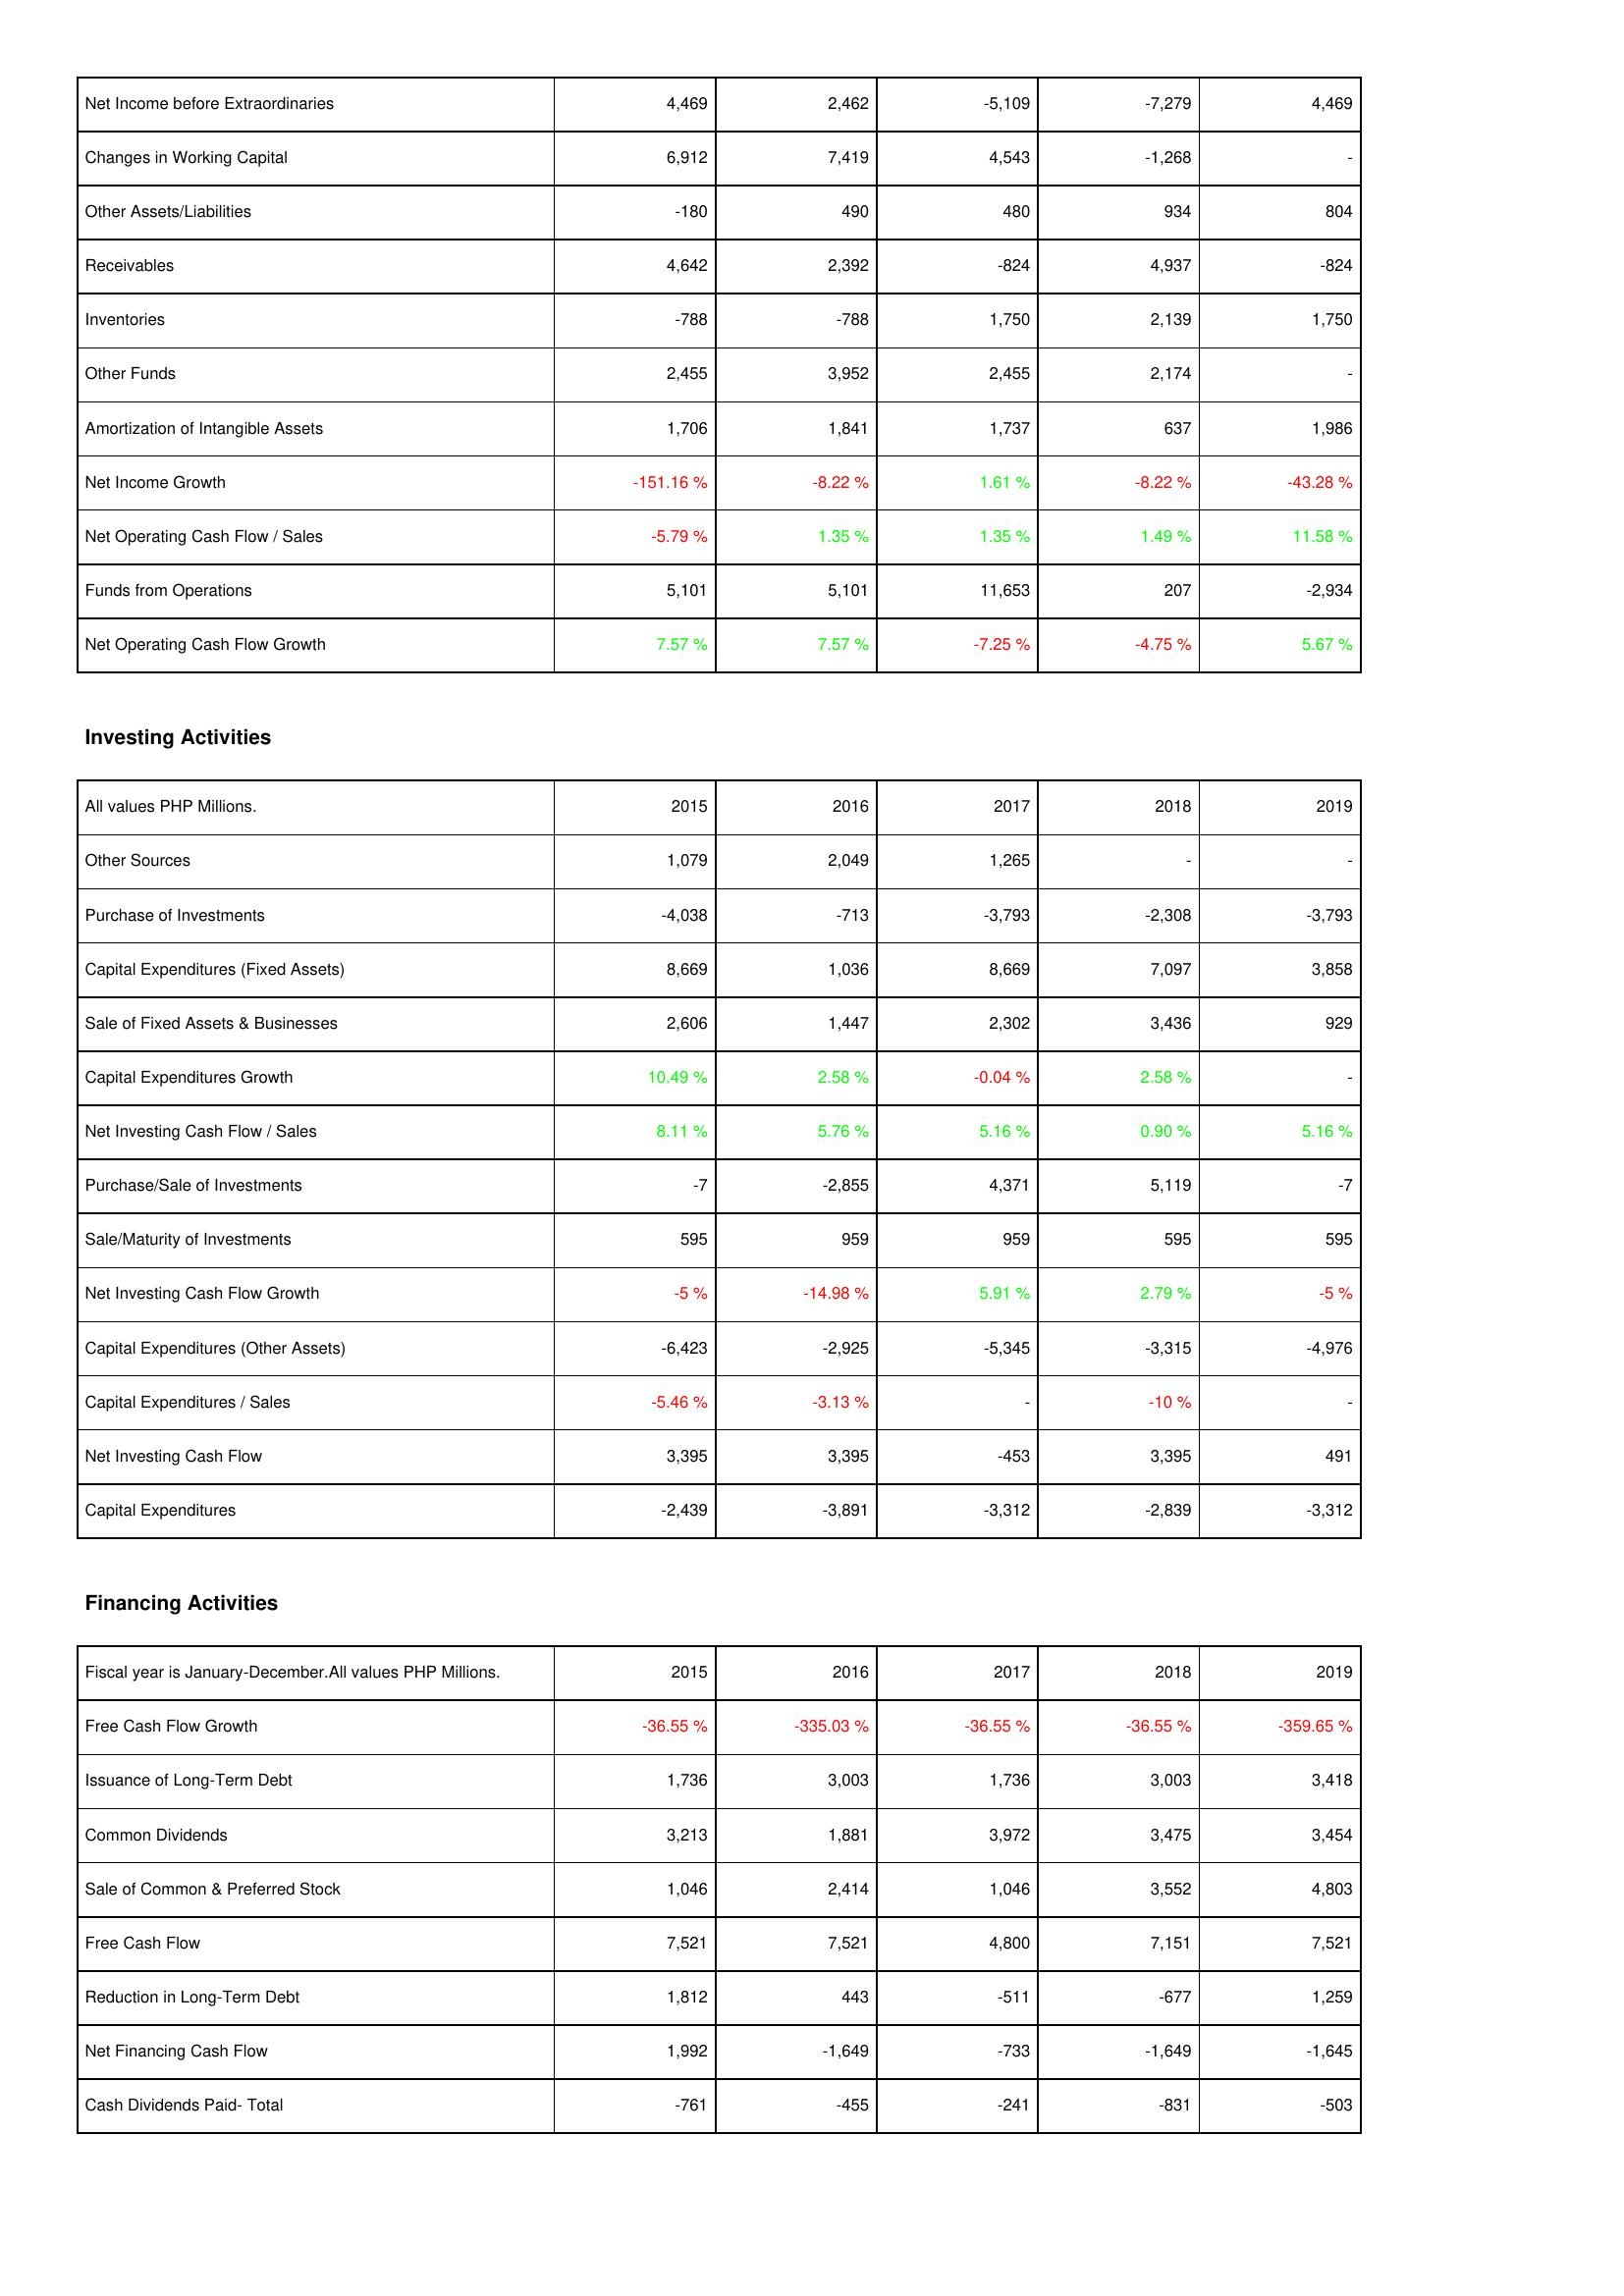
2015: Operating Activities: Net Income before Extraordinaries: 4,469
Changes in Working Capital: 6,912
Other Assets/Liabilities: -180
Receivables: 4,642
Inventories: -788
Other Funds: 2,455
Amortization of Intangible Assets: 1,706
Net Income Growth: -151.16 %
Net Operating Cash Flow / Sales: -5.79 %
Funds from Operations: 5,101
Net Operating Cash Flow Growth: 7.57 %
Investing Activities: Other Sources: 1,079
Purchase of Investments: -4,038
Capital Expenditures (Fixed Assets): 8,669
Sale of Fixed Assets & Businesses: 2,606
Capital Expenditures Growth: 10.49 %
Net Investing Cash Flow / Sales: 8.11 %
Purchase/Sale of Investments: -7
Sale/Maturity of Investments: 595
Net Investing Cash Flow Growth: -5 %
Capital Expenditures (Other Assets): -6,423
Capital Expenditures / Sales: -5.46 %
Net Investing Cash Flow: 3,395
Capital Expenditures: -2,439
Financing Activities: Free Cash Flow Growth: -36.55 %
Issuance of Long-Term Debt: 1,736
Common Dividends: 3,213
Sale of Common & Preferred Stock: 1,046
Free Cash Flow: 7,521
Reduction in Long-Term Debt: 1,812
Net Financing Cash Flow: 1,992
Cash Dividends Paid- Total: -761
2016: Operating Activities: Net Income before Extraordinaries: 2,462
Changes in Working Capital: 7,419
Other Assets/Liabilities: 490
Receivables: 2,392
Inventories: -788
Other Funds: 3,952
Amortization of Intangible Assets: 1,841
Net Income Growth: -8.22 %
Net Operating Cash Flow / Sales: 1.35 %
Funds from Operations: 5,101
Net Operating Cash Flow Growth: 7.57 %
Investing Activities: Other Sources: 2,049
Purchase of Investments: -713
Capital Expenditures (Fixed Assets): 1,036
Sale of Fixed Assets & Businesses: 1,447
Capital Expenditures Growth: 2.58 %
Net Investing Cash Flow / Sales: 5.76 %
Purchase/Sale of Investments: -2,855
Sale/Maturity of Investments: 959
Net Investing Cash Flow Growth: -14.98 %
Capital Expenditures (Other Assets): -2,925
Capital Expenditures / Sales: -3.13 %
Net Investing Cash Flow: 3,395
Capital Expenditures: -3,891
Financing Activities: Free Cash Flow Growth: -335.03 %
Issuance of Long-Term Debt: 3,003
Common Dividends: 1,881
Sale of Common & Preferred Stock: 2,414
Free Cash Flow: 7,521
Reduction in Long-Term Debt: 443
Net Financing Cash Flow: -1,649
Cash Dividends Paid- Total: -455
2017: Operating Activities: Net Income before Extraordinaries: -5,109
Changes in Working Capital: 4,543
Other Assets/Liabilities: 480
Receivables: -824
Inventories: 1,750
Other Funds: 2,455
Amortization of Intangible Assets: 1,737
Net Income Growth: 1.61 %
Net Operating Cash Flow / Sales: 1.35 %
Funds from Operations: 11,653
Net Operating Cash Flow Growth: -7.25 %
Investing Activities: Other Sources: 1,265
Purchase of Investments: -3,793
Capital Expenditures (Fixed Assets): 8,669
Sale of Fixed Assets & Businesses: 2,302
Capital Expenditures Growth: -0.04 %
Net Investing Cash Flow / Sales: 5.16 %
Purchase/Sale of Investments: 4,371
Sale/Maturity of Investments: 959
Net Investing Cash Flow Growth: 5.91 %
Capital Expenditures (Other Assets): -5,345
Capital Expenditures / Sales: -
Net Investing Cash Flow: -453
Capital Expenditures: -3,312
Financing Activities: Free Cash Flow Growth: -36.55 %
Issuance of Long-Term Debt: 1,736
Common Dividends: 3,972
Sale of Common & Preferred Stock: 1,046
Free Cash Flow: 4,800
Reduction in Long-Term Debt: -511
Net Financing Cash Flow: -733
Cash Dividends Paid- Total: -241
2018: Operating Activities: Net Income before Extraordinaries: -7,279
Changes in Working Capital: -1,268
Other Assets/Liabilities: 934
Receivables: 4,937
Inventories: 2,139
Other Funds: 2,174
Amortization of Intangible Assets: 637
Net Income Growth: -8.22 %
Net Operating Cash Flow / Sales: 1.49 %
Funds from Operations: 207
Net Operating Cash Flow Growth: -4.75 %
Investing Activities: Other Sources: -
Purchase of Investments: -2,308
Capital Expenditures (Fixed Assets): 7,097
Sale of Fixed Assets & Businesses: 3,436
Capital Expenditures Growth: 2.58 %
Net Investing Cash Flow / Sales: 0.90 %
Purchase/Sale of Investments: 5,119
Sale/Maturity of Investments: 595
Net Investing Cash Flow Growth: 2.79 %
Capital Expenditures (Other Assets): -3,315
Capital Expenditures / Sales: -10 %
Net Investing Cash Flow: 3,395
Capital Expenditures: -2,839
Financing Activities: Free Cash Flow Growth: -36.55 %
Issuance of Long-Term Debt: 3,003
Common Dividends: 3,475
Sale of Common & Preferred Stock: 3,552
Free Cash Flow: 7,151
Reduction in Long-Term Debt: -677
Net Financing Cash Flow: -1,649
Cash Dividends Paid- Total: -831
2019: Operating Activities: Net Income before Extraordinaries: 4,469
Changes in Working Capital: -
Other Assets/Liabilities: 804
Receivables: -824
Inventories: 1,750
Other Funds: -
Amortization of Intangible Assets: 1,986
Net Income Growth: -43.28 %
Net Operating Cash Flow / Sales: 11.58 %
Funds from Operations: -2,934
Net Operating Cash Flow Growth: 5.67 %
Investing Activities: Other Sources: -
Purchase of Investments: -3,793
Capital Expenditures (Fixed Assets): 3,858
Sale of Fixed Assets & Businesses: 929
Capital Expenditures Growth: -
Net Investing Cash Flow / Sales: 5.16 %
Purchase/Sale of Investments: -7
Sale/Maturity of Investments: 595
Net Investing Cash Flow Growth: -5 %
Capital Expenditures (Other Assets): -4,976
Capital Expenditures / Sales: -
Net Investing Cash Flow: 491
Capital Expenditures: -3,312
Financing Activities: Free Cash Flow Growth: -359.65 %
Issuance of Long-Term Debt: 3,418
Common Dividends: 3,454
Sale of Common & Preferred Stock: 4,803
Free Cash Flow: 7,521
Reduction in Long-Term Debt: 1,259
Net Financing Cash Flow: -1,645
Cash Dividends Paid- Total: -503